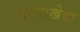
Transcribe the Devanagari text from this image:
जस्‍साखेडा